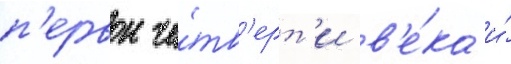
п'ервои че́тв'ерт'и в'е́ка и́